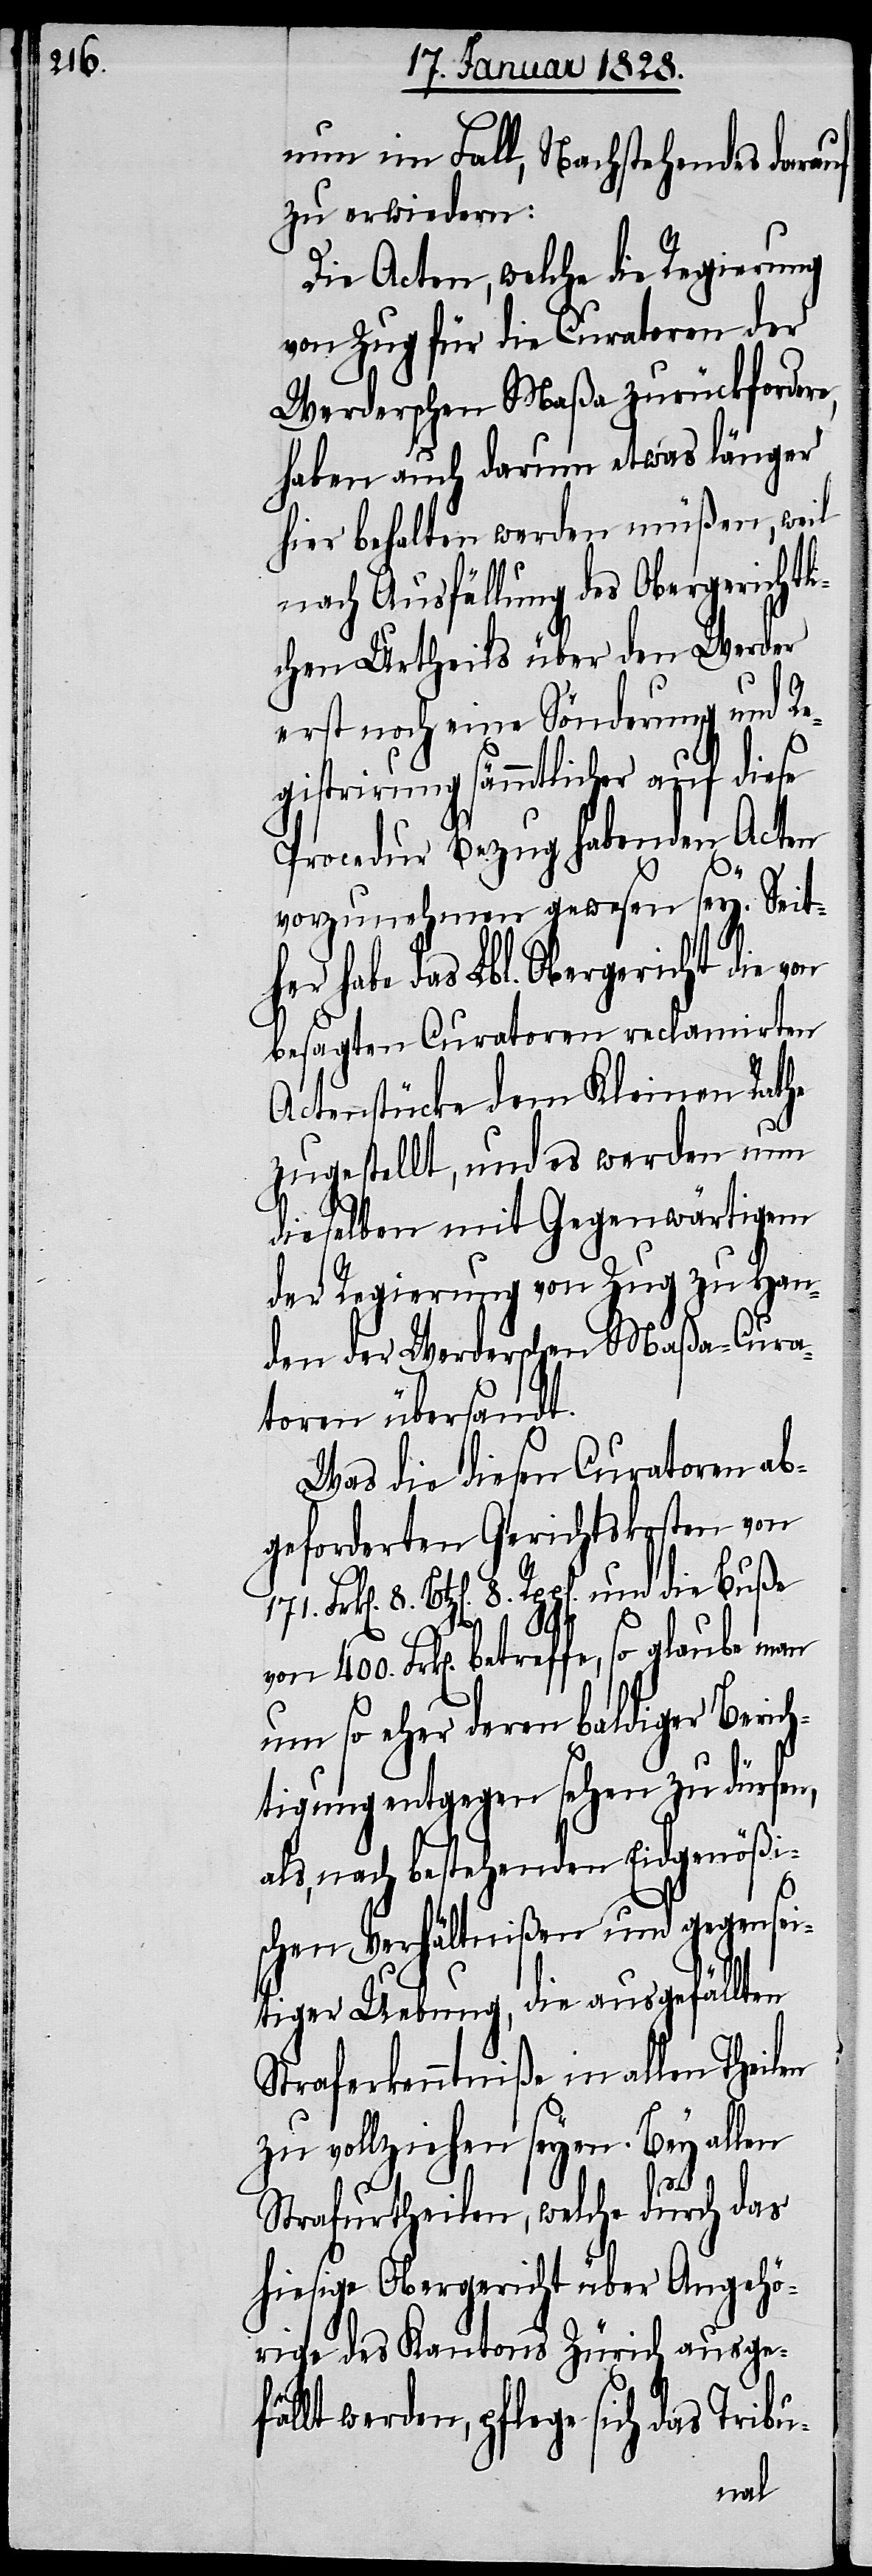
400.

nun im Fall, Nachstehendes darauf
zu erwiedern:
Die Acten, welche die Regierung
von Zug für die Curatoren der
Werderschen Maßa zurückforder¬
haben auch darum etwas länger
hier behalten werden müßen, weil
nach Ausfällung des Obergerichtl¬
ichen Urtheils über den Werder
erst noch eine Sönderung und Re¬
gistrirung sämmtlicher auf diese
Procedur Bezug habenden Acten
vorzunehmen gewesen sey. Seith¬
er habe das Lbl. Obergericht die
besagten Curatoren reclamierten
Actenstücke dem Kleinen Rathe
zugestellt, und es werden um
dieselben mit Gegenwärtigem
der Regierung von Zug zu Han¬
den der Werderschen Maßa-Cura¬
toren übersandt.
Was die diesen Curatoren ab¬
geforderten Gerichtskosten von
Btz[en]. 8. Rpp[en]. und die Buße
e,
8.
um so eher deren baldiger Berich¬
tigung entgegen sehen zu dürfen,
als, nach bestehenden Eidgenößi¬
schen Verhältnißen und gegensei¬
tiger Uebung, die ausgefällten
Straferkenntniße in allen Theilen
zu vollziehen seyen. Bey allen
Strafurtheilen, welche durch das
hiesige Obergericht über Angehö¬
rige des Kantons Zürich ausge¬
fällt werden, pflege sich das Tribu-
man